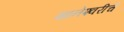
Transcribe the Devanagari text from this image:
ज्ञानेश्‍वरीचे